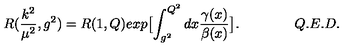
R ( \frac { k ^ { 2 } } { \mu ^ { 2 } } , g ^ { 2 } ) = R ( 1 , Q ) e x p \bigl [ \int _ { g ^ { 2 } } ^ { Q ^ { 2 } } d x \frac { \gamma ( x ) } { \beta ( x ) } \bigr ] . \qquad \qquad Q . E . D .